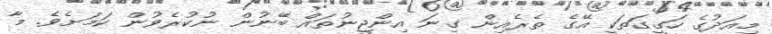
މިއަދުގެ ހަގީގަތަކީ އޭގެ ތެރެއިން ގިނަ އިންޖީނުތައް ބޭނުން ނުކުރެވުން ކަަމަށެވެ. މާ